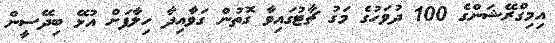
އިމިގްރޭޝަންގެ 100 ދުވަހުގެ މަގު ޗާޓުގައިވާ ގޮތުން ގަވާއިދާ ހިލާފަށް އުޅޭ ބިދޭސީން